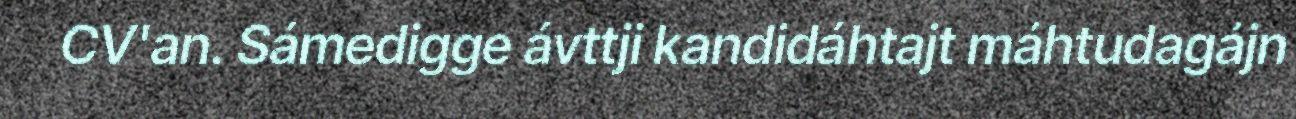
CV'an. Sámedigge ávttji kandidáhtajt máhtudagájn